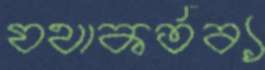
যথাকর্তব্য